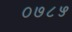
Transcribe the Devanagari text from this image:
०७८५